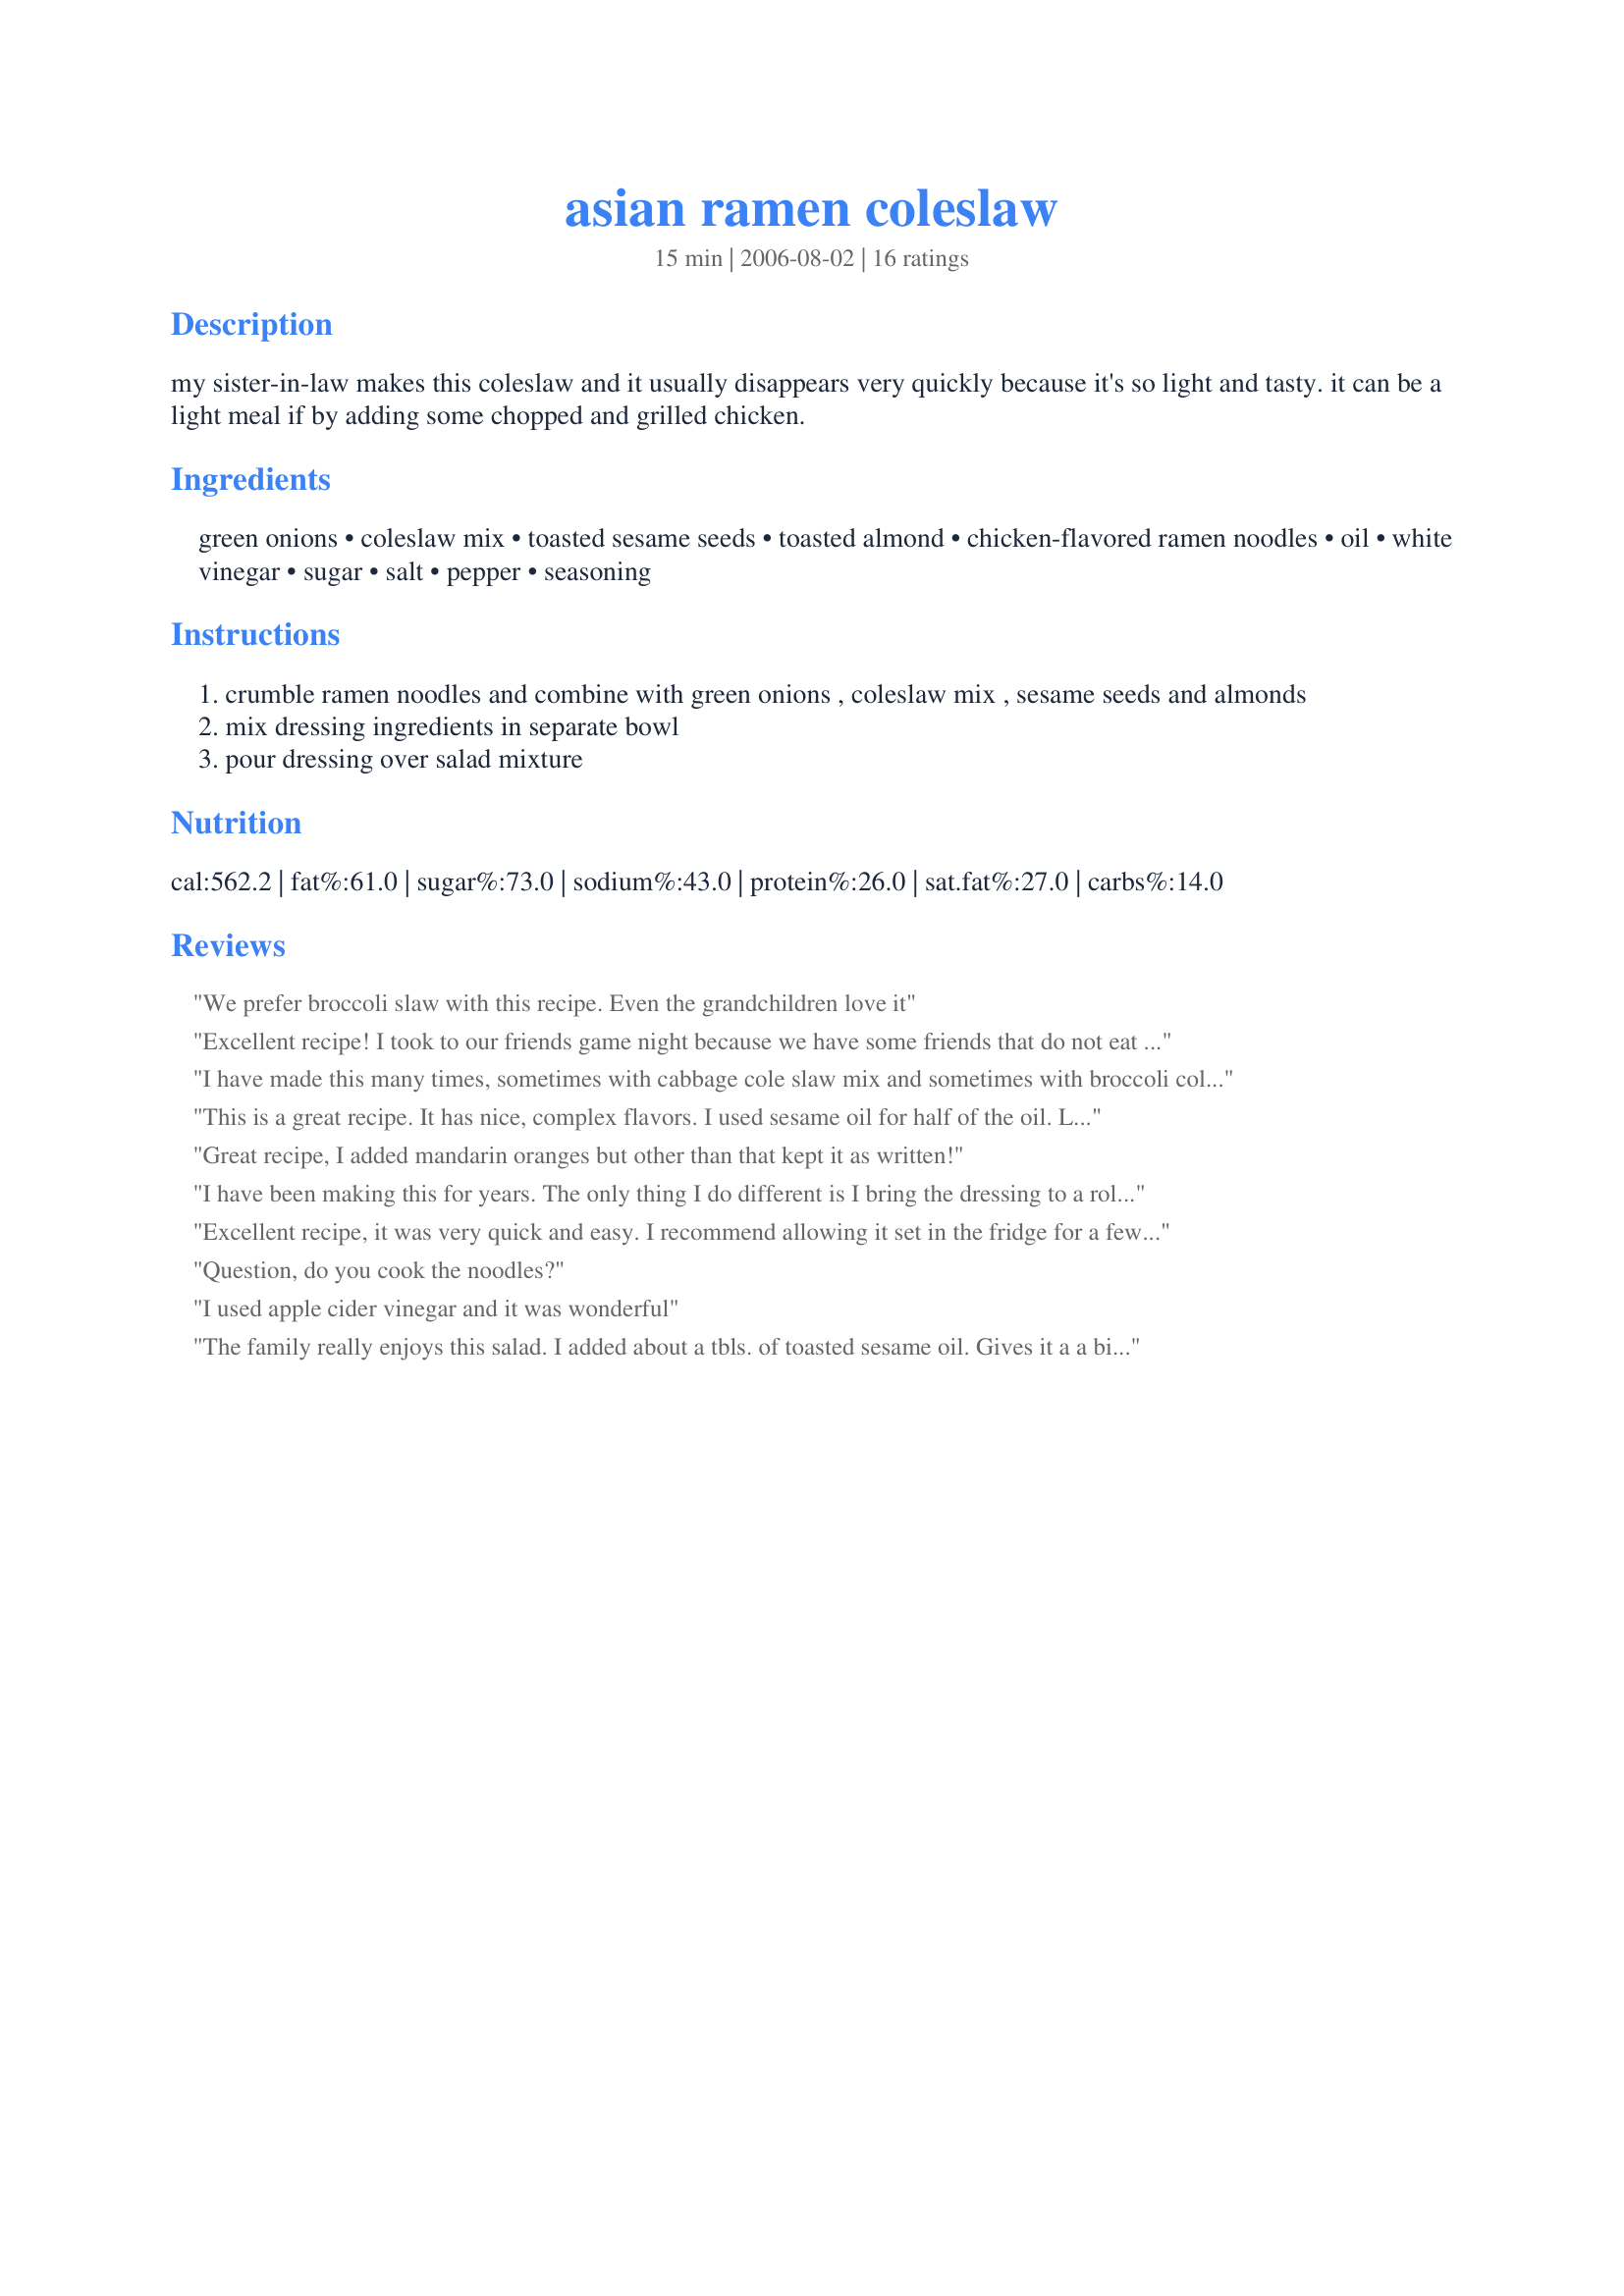
asian ramen coleslaw
Preparation time: 15 minutes

my sister-in-law makes this coleslaw and it usually disappears very quickly because it's so light and tasty. it can be a light meal if by adding some chopped and grilled chicken.

Ingredients:
green onions, coleslaw mix, toasted sesame seeds, toasted almond, chicken-flavored ramen noodles, oil, white vinegar, sugar, salt, pepper, seasoning

Steps:
crumble ramen noodles and combine with green onions , coleslaw mix , sesame seeds and almonds
mix dressing ingredients in separate bowl
pour dressing over salad mixture

Reviews:
We prefer broccoli slaw with this recipe. Even the grandchildren love it
Excellent recipe! I took to our friends game night because we have some friends that do not eat meat. Everyone loved it - no leftovers. I also used sesame oil and I would suggest making a few hours ahead of time. The ramen noodles were not as crisp so I may wait to add them 15-30 minutes prior to serving next time.
I have made this many times, sometimes with cabbage cole slaw mix and sometimes with broccoli coleslaw. There is only two changes I make: 1. use a tsp of sesame oil and also use the seasoning packet--it really enhances the flavors. I am making this again today for July 4th celebration.
This is a great recipe. It has nice, complex flavors. I used sesame oil for half of the oil. Let it sit for several hours or overnight. The flavor will be better.
Great recipe, I added mandarin oranges but other than that kept it as written!
I have been making this for years. The only thing I do different is I bring the dressing to a rolling boil and set aside to cool completely. This dissolves the sugar and seasoning packet completely. Use white or rice vinegar. I store in a jar until 15-20 minutes before I am ready to serve. I also pour the dressing slowly. Sometimes it may be to much for the bowl of Slaw. Add to taste. If you add the dressing to soon it will be soggy. Great with roasted sunflower seed instead of almonds is also great.
Excellent recipe, it was very quick and easy. I recommend allowing it set in the fridge for a few hours to enhance the flavor.
Question, do you cook the noodles?
I used apple cider vinegar and it was wonderful
The family really enjoys this salad. I added about a tbls. of toasted sesame oil. Gives it a a bit more of an Asian flavor profile.
Wonderful! I used broccoli slaw since that is what I had. Very good!
I didn't have sesame seeds or white vinegar, so I substituted 1 Tbsp. Sesame oil, and rice wine vinegar, and due to the sweetness of that type of vinegar, I was able to totally omit the sugar. I also added about a half teaspoon of sraracha.... It's just enough to give it a kick of flavor without any noticable spicyness, so the kids still like it. Huge hit with many self proclaimed non-salad-eaters Btw don't cook the noodles, their crunchiness wanes after a couple hours and they turn out just right.
Love this recipe&lt;br/&gt;Instead of adding the flavor packet, we add Soy Sauce to the dressing.
My daughter made this for a Father's barbeque and it just disappeared right before your eyes. Everyone loved it and wanted the recipe. Double the recipes if you want seconds.
I added canned tuna. Used a little rice vinegar and sesame oil in the dressing. It turned out very flavorful. I like to make up a big bowl and eat this for lunch when I&#039;m dieting.
It came out excellent and easy to make- I made a diabetic version using Equal instead of sugar and the Asian Ramen noodles instead of chicken flavor-yummy!
